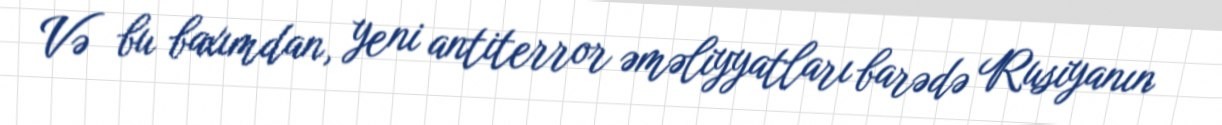
Və bu baxımdan, yeni antiterror əməliyyatları barədə Rusiyanın